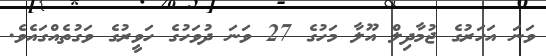
ވަނަ އަހަރުގެ ޖުމާދިލް އޫލާ މަހުގެ 27 ވަނަ ދުވަހުގެ ހަވީރުގެ ވަގުތެއްގައެވެ.